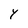
Character: Y